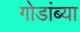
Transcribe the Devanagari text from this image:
गोडांब्या